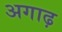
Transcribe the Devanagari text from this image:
अगाढ़